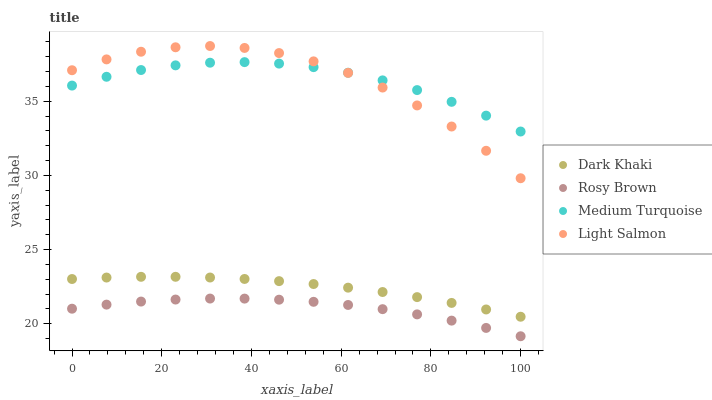
| xaxis_label | Dark Khaki | Rosy Brown | Medium Turquoise | Light Salmon |
 | --- | --- | --- | --- | --- |
 | 0 | 23 | 21 | 36.1 | 37.1 |
 | 7.69 | 23.1 | 21.3 | 36.6 | 37.8 |
 | 15.4 | 23.2 | 21.5 | 37.1 | 38.3 |
 | 23.1 | 23.2 | 21.6 | 37.4 | 38.6 |
 | 30.8 | 23.1 | 21.7 | 37.6 | 38.7 |
 | 38.5 | 23 | 21.7 | 37.6 | 38.6 |
 | 46.2 | 22.9 | 21.6 | 37.5 | 38.2 |
 | 53.8 | 22.7 | 21.5 | 37.3 | 37.7 |
 | 61.5 | 22.4 | 21.3 | 36.9 | 36.9 |
 | 69.2 | 22.1 | 21 | 36.4 | 35.9 |
 | 76.9 | 21.8 | 20.6 | 35.8 | 34.7 |
 | 84.6 | 21.4 | 20.2 | 35 | 33.3 |
 | 92.3 | 21 | 19.7 | 34 | 31.7 |
 | 100 | 20.5 | 19.2 | 33 | 29.8 |